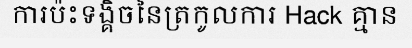
ការប៉ះទង្គិចនៃត្រកូលការ Hack គ្មាន